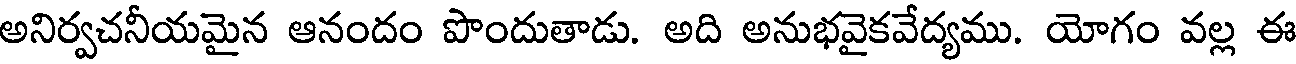
అనిర్వచనీయమైన ఆనందం పొందుతాడు. అది అనుభవైకవేద్యము. యోగం వల్ల ఈ